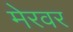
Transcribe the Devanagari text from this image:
मेरवर